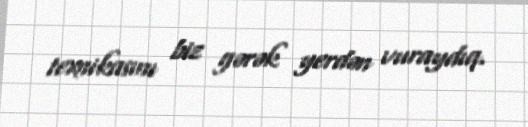
texnikasını biz gərək yerdən vuraydıq.